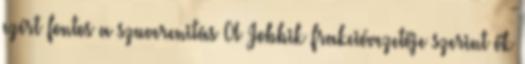
ezért fontos a szuverenitás A Jobbik frakcióvezetője szerint ők